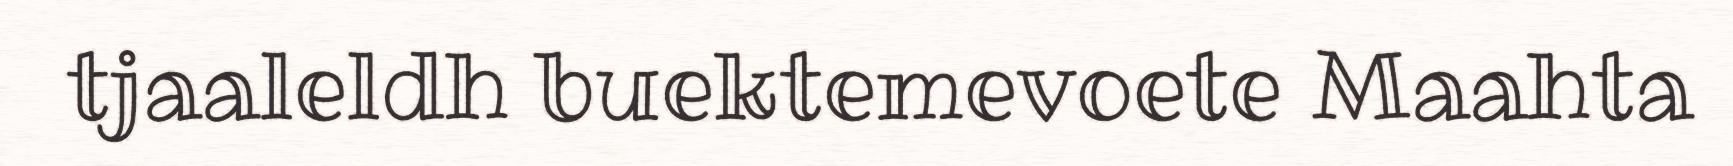
tjaaleldh buektemevoete Maahta